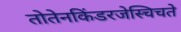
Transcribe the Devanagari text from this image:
तोतेनकिंडरजेस्चिचते